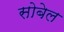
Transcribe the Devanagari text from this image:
सोबेल